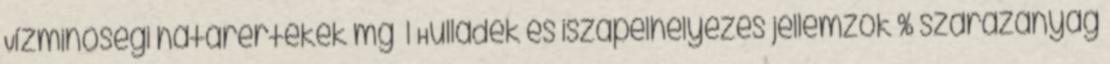
Vízminőségi határértékek mg l Hulladék és iszapelhelyezés jellemzők % szárazanyag